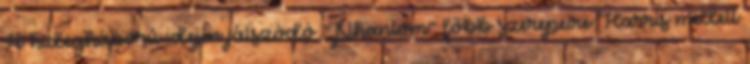
A hidegháború idején játszódó "Phantom" főbb szerepeire Harris mellett